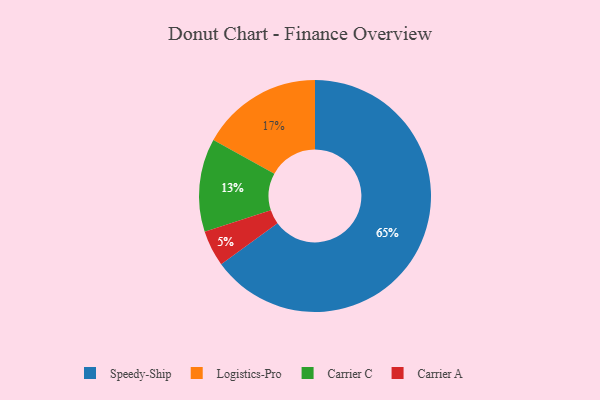
{"axis": {"x": "Category", "y": "Percentage"}, "legend": ["Carrier A", "Carrier C", "Logistics-Pro", "Speedy-Ship"], "data": [{"x": "Speedy-Ship", "y": 65, "type": "Speedy-Ship"}, {"x": "Logistics-Pro", "y": 17, "type": "Logistics-Pro"}, {"x": "Carrier A", "y": 5, "type": "Carrier A"}, {"x": "Carrier C", "y": 13, "type": "Carrier C"}]}